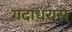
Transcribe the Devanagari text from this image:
गदाधरास